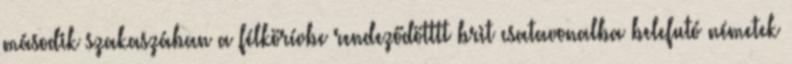
második szakaszában a félkörívbe rendeződötttt brit csatavonalba belefutó németek